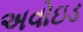
અવોઇડ